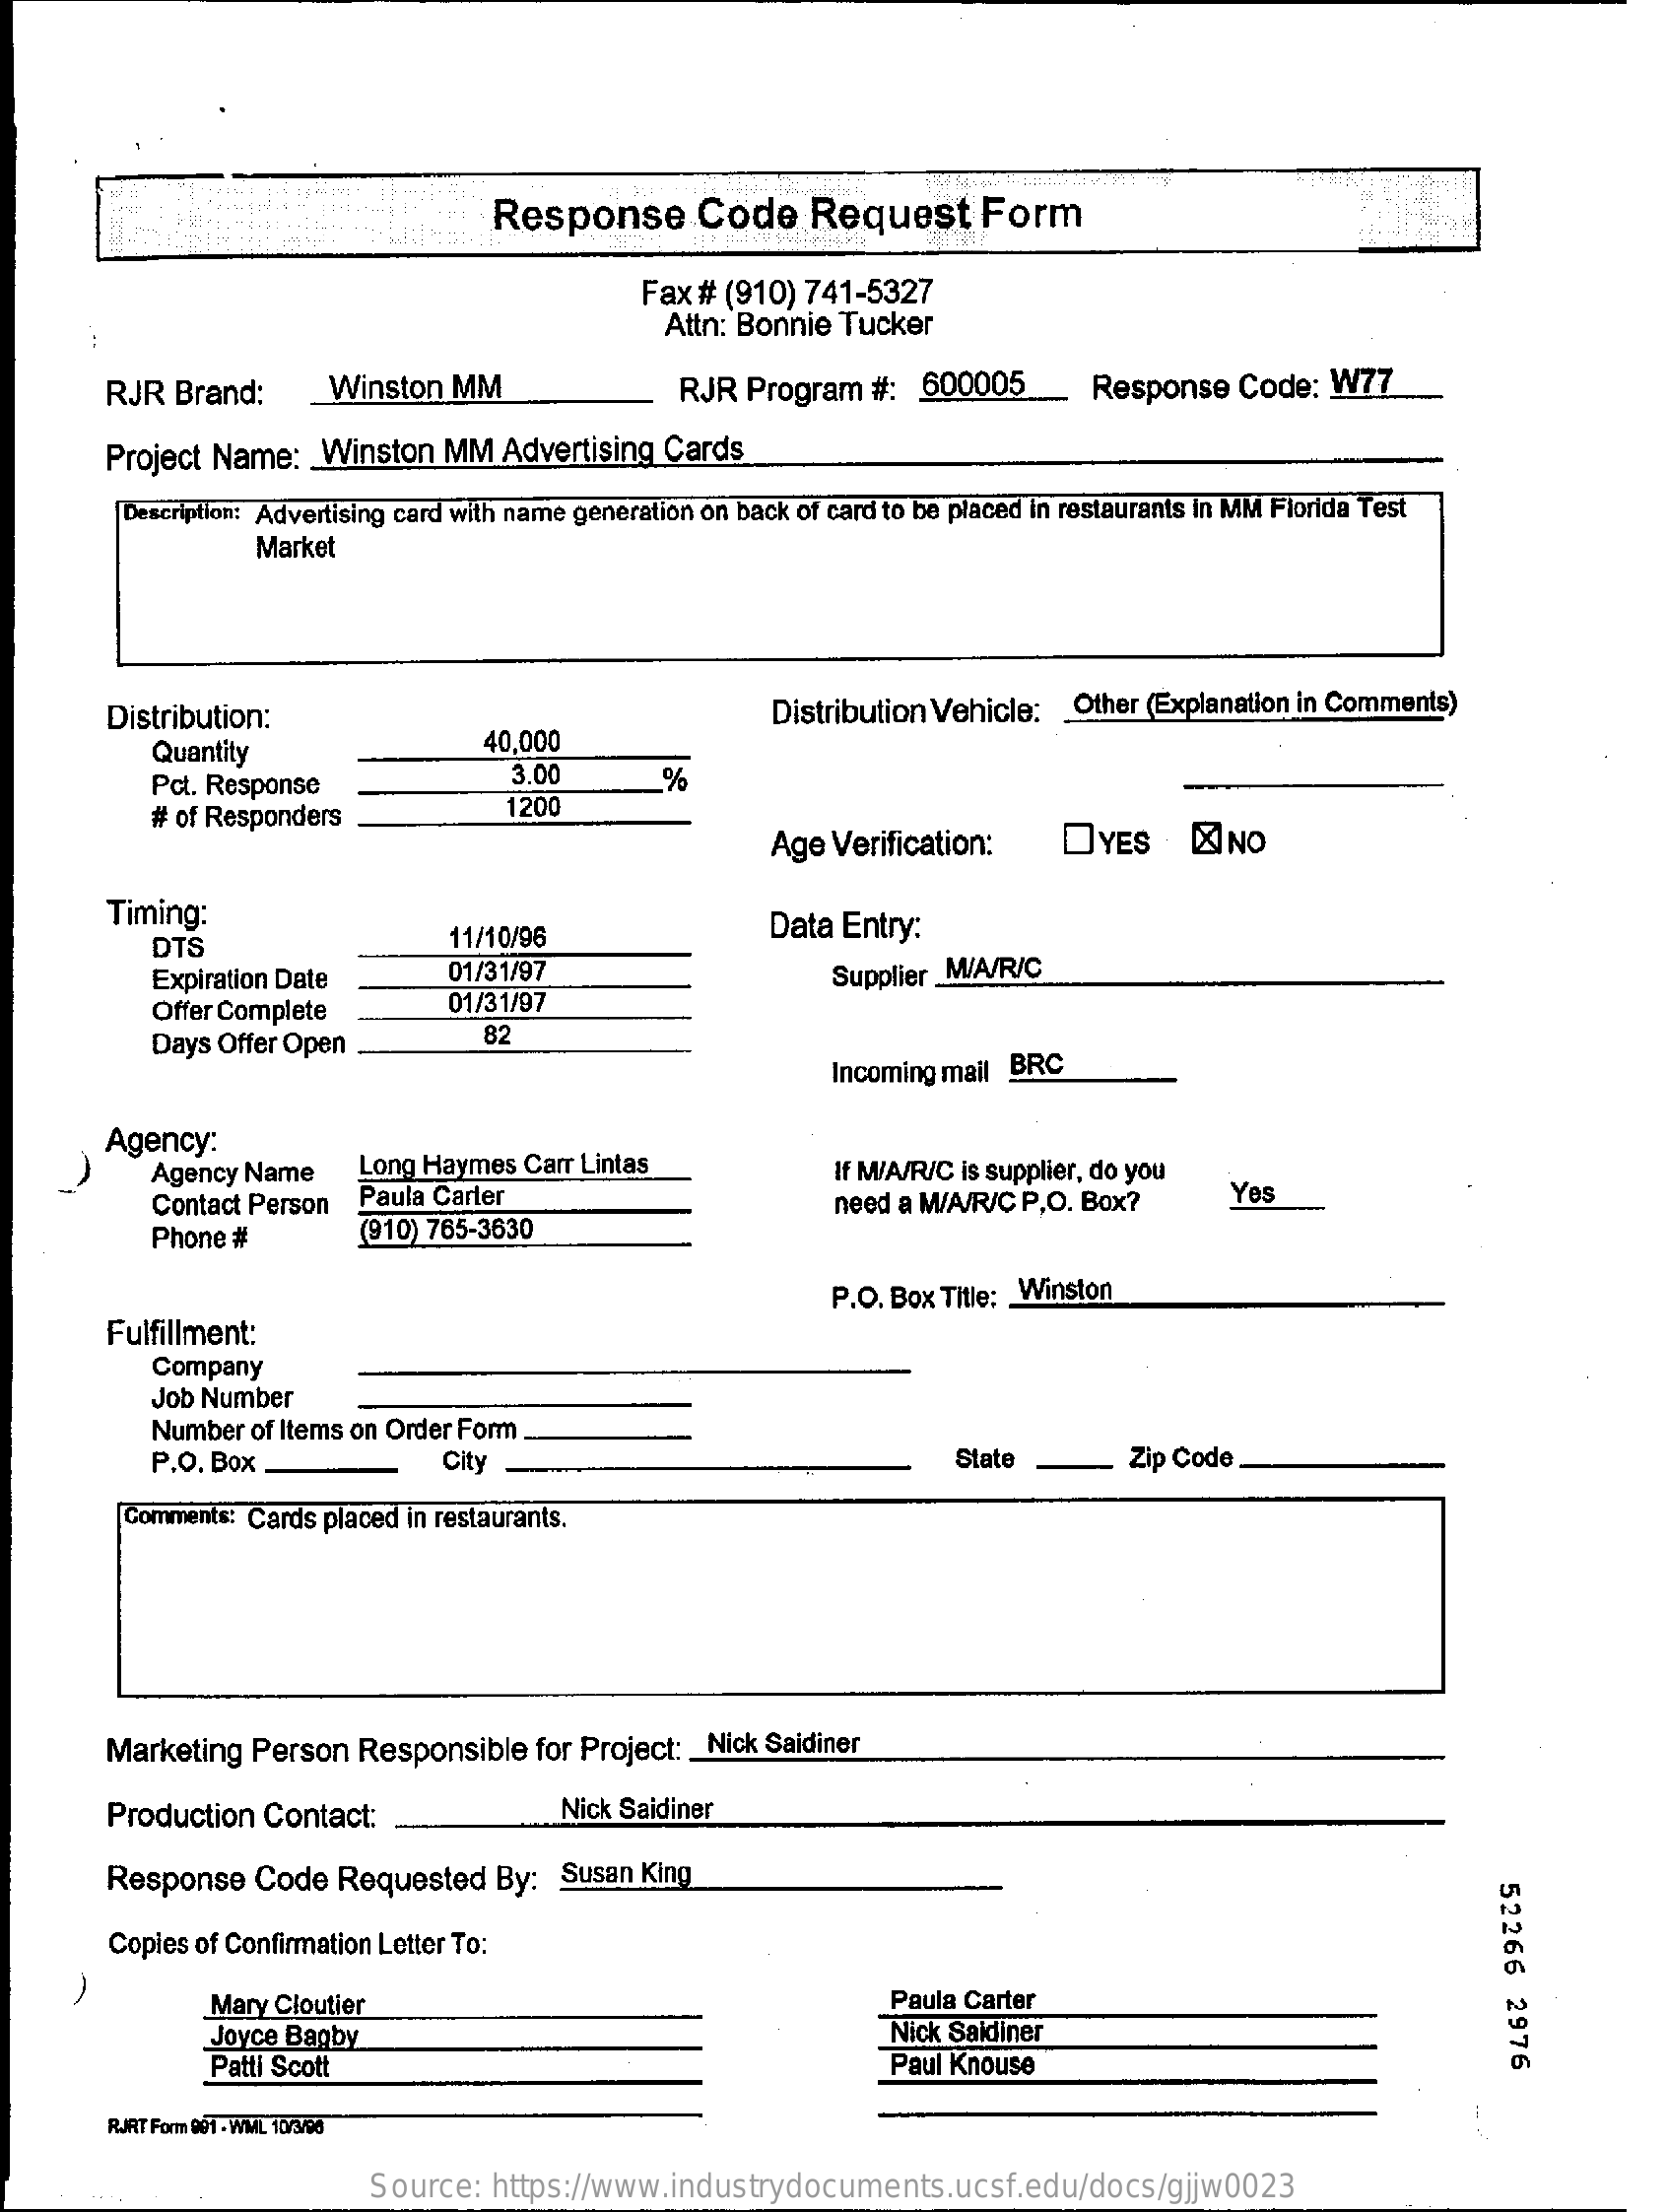
Response    Code    Request    Form
     Fax # (910) 741-5327
     Attn: Bonnie Tucker
     RJR  Brand:    Winston  MM    RJR  Program  #:  600005    Response  Code:  W77
     Project Name:   Winston  MM  Advertising Cards
     Description: Advertising card with name generation on back of card to be placed in restaurants in MM Florida Test
     Market
     Distribution:    Distribution Vehicle: _ Other (Explanation in Comments)
     Quantity
     40,000
     Pct. Response
     3.00    %
     # of Responders    1200
     Age Verification:    DYES    KNO
     Timing:
     DTS    11/10/96    Data Entry:
     Expiration Date    01/31/97    Supplier M/A/R/C
     Offer Complete    01/31/97
     Days Offer Open    82
     Incoming mail BRC
     Agency:
     Agency Name    Long Haymes Carr Lintas    If M/A/R/C is supplier, do you
     Contact Person Paula Carter    need a M/A/R/C P.O. Box?    Yes
     Phone #    (910) 765-3630
     Fulfillment:
     P.O. Box Title; _ Winston
     Company
     Job Number
     Number of Items on Order Form
     P.O. Box .    City    State    Zip Code
     Comments: Cards placed in restaurants.
     Marketing  Person Responsible   for Project: _ Nick Saidiner
     Production Contact:    Nick Saidiner
     Response   Code  Requested  By:  Susan King
     52266
     2976
     Copies of Confirmation Letter To:
     Mary Cloutier    Paula Carter
     Joyce Bagby    Nick Saldiner
     Patti Scott    Paul Knouse
     RJRT Form 991 - WML 10/3/96
     Source:  https://www.industrydocuments.ucsf.edu/docs/gjjw0023